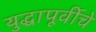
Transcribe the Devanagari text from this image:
युद्धापूर्वीचे